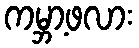
ကမ္ဘာ့ဖလား